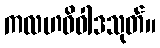
ကလဟဝိဝါဒသုတ်။